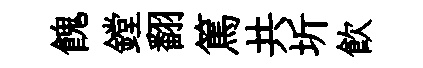
餽鏜翻篤共圻飲